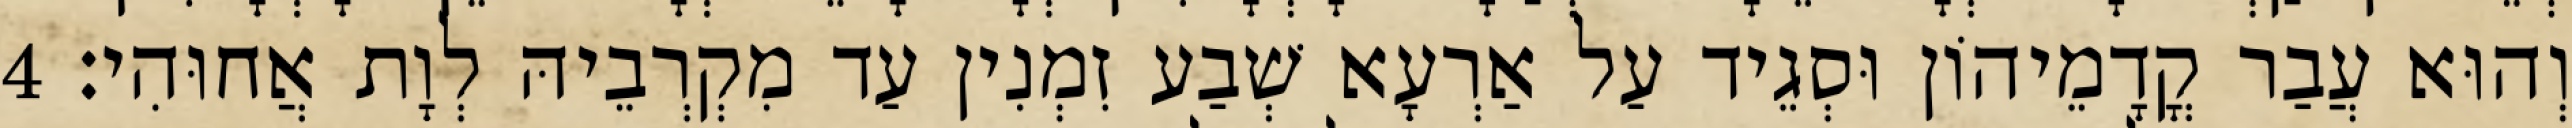
וְהוּא עֲבַר קֳדָמֵיהוֹן וּסְגֵיד עַל אַרְעָא שְׁבַע זִמְנִין עַד מִקְרְבֵיהּ לְוָת אֲחוּהִי׃ 4